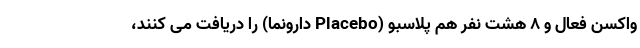
واکسن فعال و ۸ هشت نفر هم پلاسبو (Placebo دارونما) را دریافت می کنند،